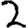
Digit: 2